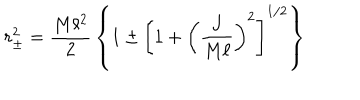
r _ { \pm } ^ { 2 } = { \frac { M \ell ^ { 2 } } { 2 } } \left\{ 1 \pm \left[ 1 + \left( { \frac { J } { M \ell } } \right) ^ { 2 } \right] ^ { 1 / 2 } \right\}